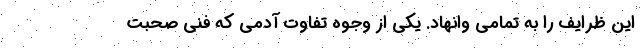
این ظرایف را به تمامی وانهاد. یکی از وجوه تفاوت آدمی که فنی صحبت